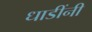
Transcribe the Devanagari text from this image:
धाडींनी